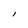
Character: l